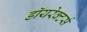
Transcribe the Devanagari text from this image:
डॉयरेक्टर्स